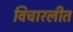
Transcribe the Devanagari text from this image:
विचारलीत